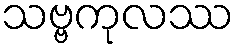
သဗ္ဗကုလဿ